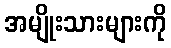
အမျိုးသားများကို